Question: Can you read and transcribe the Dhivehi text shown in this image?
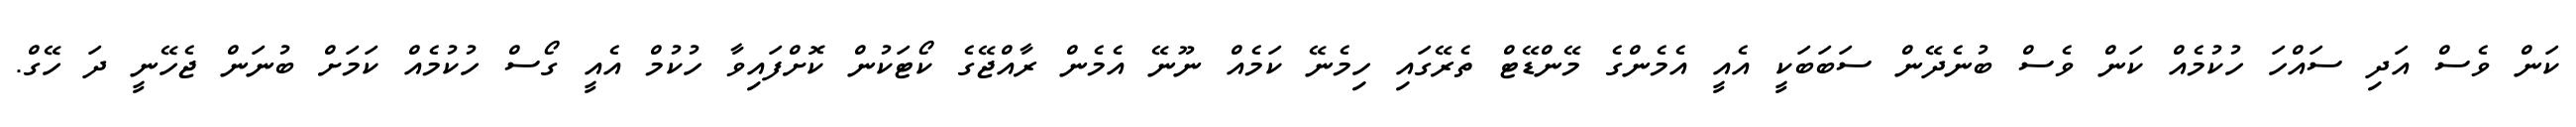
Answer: ކަން ވެސް އަދި ސައްހަ ހުކުމެއް ކަން ވެސް ބުނެދޭން ސަބަބަކީ އެއީ އެމެންގެ މޭންޑޭޓް ތެރޭގައި ހިމެނޭ ކަމެއް ނޫނޭ އެމެން ރާއްޖޭގެ ކޯޓަކުން ކޮށްފައިވާ ހުކުމް އެއީ ގޯސް ހުކުމެއް ކަމަށް ބުނަން ޖެހޭނީ ދަ ހޭގް.